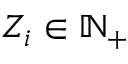
Z _ { i } \in \mathbb { N } _ { + }